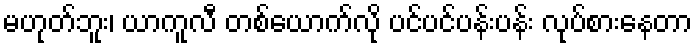
မဟုတ်ဘူး၊ ယာကူလီ တစ်ယောက်လို ပင်ပင်ပန်းပန်း လုပ်စားနေတာ